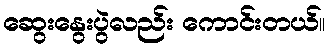
ဆွေးနွေးပွဲလည်း ကောင်းတယ်။